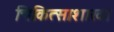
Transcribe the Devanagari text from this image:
चिकित्साशाखा